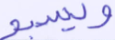
ويسبح